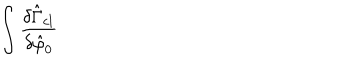
\int \frac { \delta \hat { \Gamma } _ { c l } } { \delta \hat { \varphi } _ { 0 } }